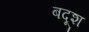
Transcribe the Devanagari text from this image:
बदूश